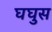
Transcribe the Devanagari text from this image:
घघुस